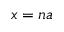
x = n a